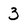
Character: 3